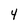
Character: 4